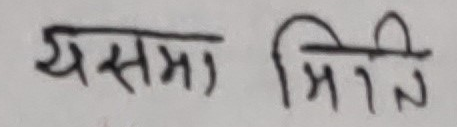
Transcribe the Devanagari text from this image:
यसमा मिति